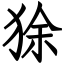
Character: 狳